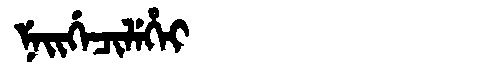
Manchu: ᠨᡝᡳᡤᡝᠴᡳᠯᡝᡥᡝᡳ
Romanization: NEIGECILEHEI